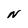
Character: N